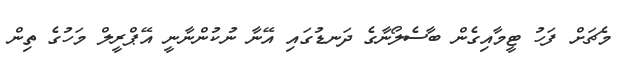
މެޗަށް ފަހު ޓީމާއިގެން ބާސެލޯނާގެ ދަނޑުގައި އޭނާ ނުކުންނާނީ އޭޕްރީލް މަހުގެ ތިން